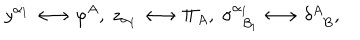
LaTeX: y ^ { \alpha _ { 1 } } \longleftrightarrow \varphi ^ { A } , \; z _ { \alpha _ { 1 } } \longleftrightarrow \Pi _ { A } , \; \sigma _ { \; \; \beta _ { 1 } } ^ { \alpha _ { 1 } } \longleftrightarrow \delta _ { \; \; B } ^ { A } ,